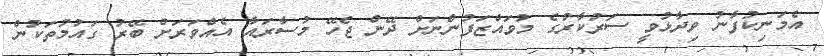
އެމަނިކުފާނު ވިދާޅުވީ ސަރުކާރުގެ މުވައްޒަފުންނަށް ދޭން ޖެހޭ މުސާރައާ އެއްވަރަށް ބޭރު ގައުމުތަކުން